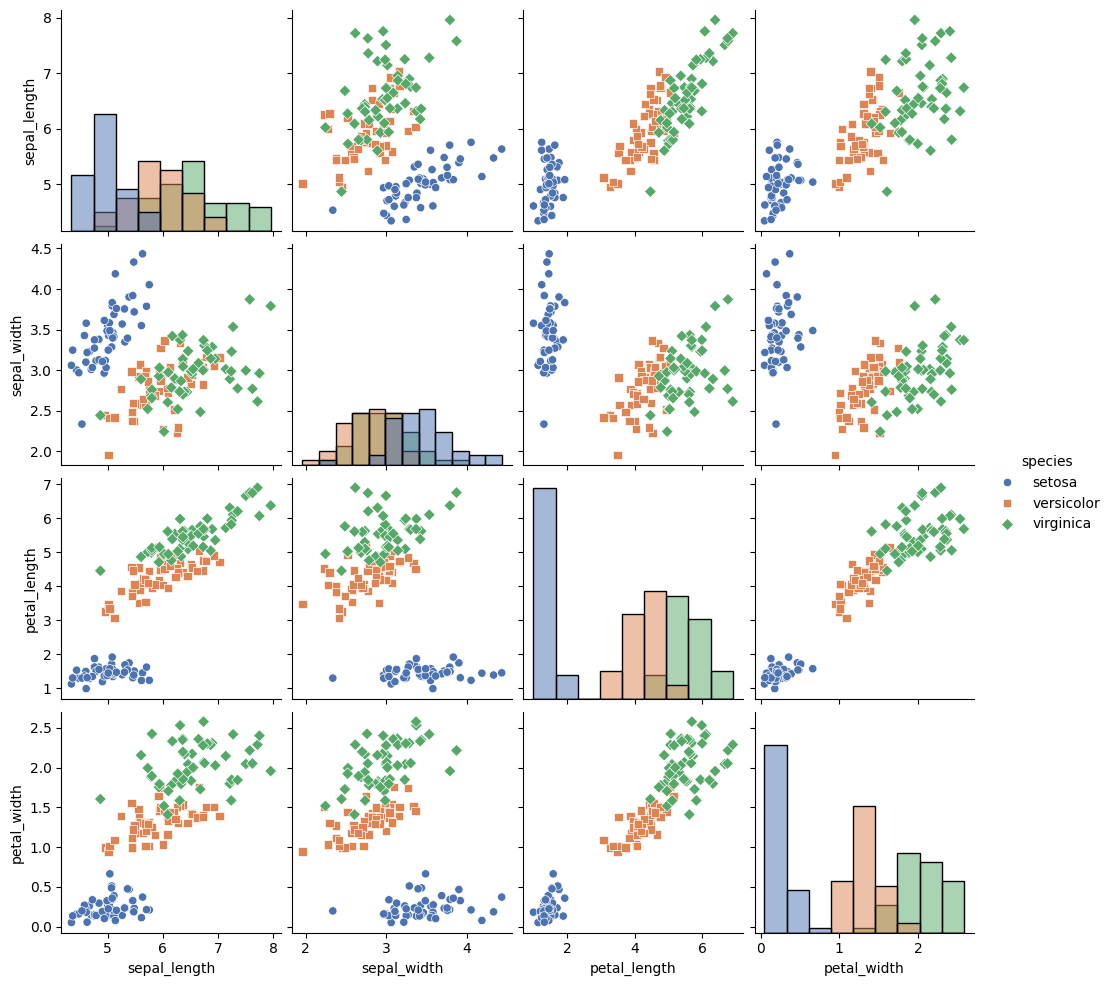
python, seaborn, pairplot, palette='deep', markers=['o', 's', 'D'], kind='scatter', diag_kind='hist'